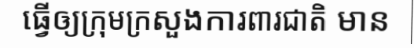
ធ្វើឲ្យក្រុមក្រសួងការពារជាតិ មាន